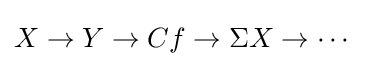
X\to Y\to Cf\to \Sigma X\to \cdots